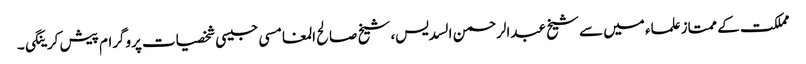
مملکت کے ممتاز علماء میں سے شیخ عبدالرحمن السدیس، شیخ صالح المغامسی جیسی شخصیات پروگرام پیش کرینگی۔